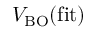
V _ { \mathrm { B O } } ( \mathrm { f i t } )